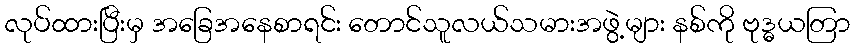
လုပ်ထားပြီးမှ အခြေအနေစာရင်း တောင်သူလယ်သမားအဖွဲ့များ နစ်ကို ဗုဒ္ဓယတြာ